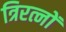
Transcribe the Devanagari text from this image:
त्रिरत्नों